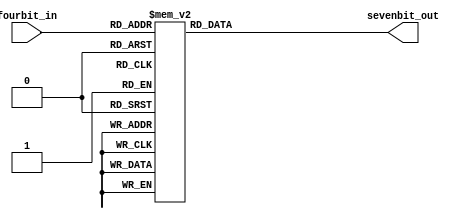
//Author Raj Dasadia
// 6370
// Homework 2
// 4014
// Displays 4 bit binary into 7 segment display device
module sevenSegDisplayDecoder (fourbit_in, sevenbit_out);

input [3:0] fourbit_in;
output [6:0] sevenbit_out;
reg [6:0] sevenbit_out;

	always @ (fourbit_in)
		begin
			case (fourbit_in)
				4'b0000:
				begin
					sevenbit_out = 7'b1000000;
				end	
				4'b0001:
				begin
					sevenbit_out = 7'b1001111;
				end	
				4'b0010:
				begin
					sevenbit_out = 7'b0100100;
				end	
				4'b0011:
				begin
					sevenbit_out = 7'b0110000;
				end	
				4'b0100:
				begin
					sevenbit_out = 7'b0011001;
				end	
				4'b0101:
				begin
					sevenbit_out = 7'b0010010;
				end	
				4'b0110:
				begin
					sevenbit_out = 7'b0000010;
				end	
				4'b0111:
				begin
					sevenbit_out = 7'b1111000;
				end	
				4'b1000:
				begin
					sevenbit_out = 7'b0000000;
				end	
				4'b1001:
				begin
					sevenbit_out = 7'b0010000;
				end	
				4'b1010:
				begin
					sevenbit_out = 7'b0001000;
				end	
				4'b1011:
				begin
					sevenbit_out = 7'b0000011;
				end	
				4'b1100:
				begin
					sevenbit_out = 7'b1000110;
				end	
				4'b1101:
				begin
					sevenbit_out = 7'b0100001;
				end	
				4'b1110:
				begin
					sevenbit_out = 7'b0000110;
				end	
				4'b1111:
				begin
					sevenbit_out = 7'b0001110;
				end	
				default:
				begin
					sevenbit_out = 7'b0000000;
				end
			endcase
		end
endmodule